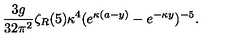
{ \frac { 3 g } { 3 2 \pi ^ { 2 } } } \zeta _ { R } ( 5 ) \kappa ^ { 4 } ( e ^ { \kappa ( a - y ) } - e ^ { - \kappa y } ) ^ { - 5 } .